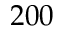
2 0 0